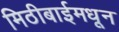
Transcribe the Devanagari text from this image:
मिठीबाईमधून